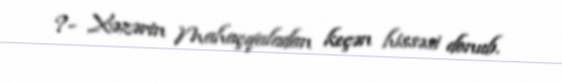
?- Xəzərin Mahaçqaladan keçən hissəsi donub.